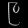
Digit: ၉